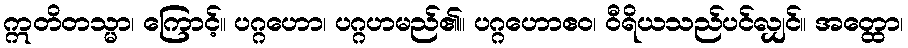
ဣတိတသ္မာ၊ ကြောင့်။ ပဂ္ဂဟော၊ ပဂ္ဂဟမည်၏။ ပဂ္ဂဟောဧဝ၊ ဝီရိယသည်ပင်လျှင်။ အတ္ထော၊